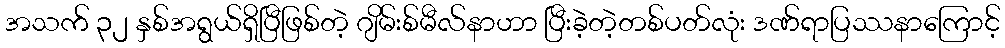
အသက် ၃၂ နှစ်အရွယ်ရှိပြီဖြစ်တဲ့ ဂျိမ်းစ်မီလ်နာဟာ ပြီးခဲ့တဲ့တစ်ပတ်လုံး ဒဏ်ရာပြဿနာကြောင့်